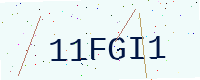
Text: 11FGI1